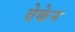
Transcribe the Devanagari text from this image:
वेकेन